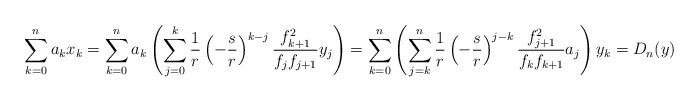
LaTeX: \begin{align*}\sum\limits_{k=0}^{n} a_{k}x_{k}=\sum\limits_{k=0}^{n} a_{k}\left( \sum\limits_{j=0}^{k}\frac{1}{r}\left( -\frac{s}{r}\right)^{k-j} \frac{f_{k+1}^{2}}{f_{j}f_{j+1}}y_{j} \right) =\sum\limits_{k=0}^{n}\left( \sum\limits_{j=k}^{n}\frac{1}{r}\left( -\frac{s}{r}\right)^{j-k} \frac{f_{j+1}^{2}}{f_{k}f_{k+1}}a_{j} \right)y_{k} =D_{n}(y)\end{align*}